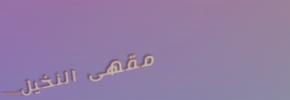
مقهى النخيل